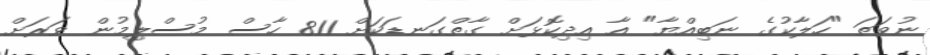
ނުވަތަ "ހަލާކުގެ ނަބިއްޔާ" އާ އިދިކޮޅަށް ގާތްގަނޑަކަށް 811 ހާސް މުސްލިމުން ވަރަށް